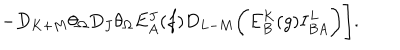
- D _ { K + M } \theta _ { \Omega } D _ { J } \theta _ { \Omega } E _ { A } ^ { J } ( f ) D _ { L - M } \biggl ( E _ { B } ^ { K } ( g ) I _ { B A } ^ { L } \biggr ) \Biggr ] .